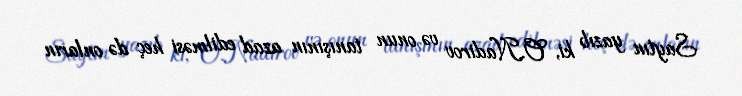
Saytın yazıb ki, O.Nadirov və onun tanışının azad edilməsi heç də onların